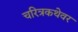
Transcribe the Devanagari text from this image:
चरित्रकथेवर